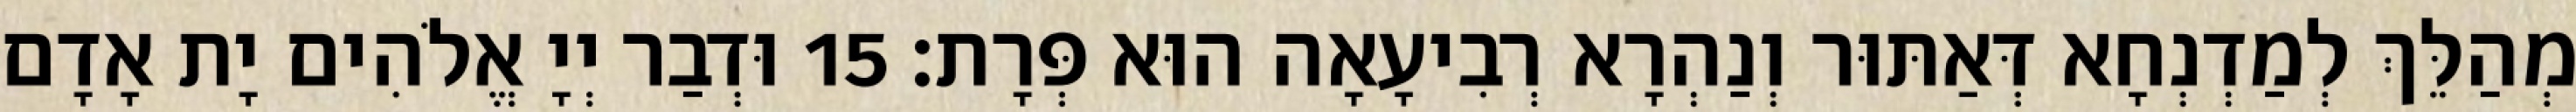
מְהַלֵּךְ לְמַדְנְחָא דְּאַתּוּר וְנַהְרָא רְבִיעָאָה הוּא פְּרָת׃ 15 וּדְבַר יְיָ אֱלֹהִים יָת אָדָם